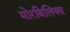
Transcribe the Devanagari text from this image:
मोरबिलियस